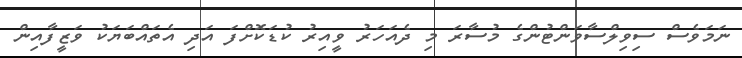
ނަމަވެސް ސިވިލްސާވަންޓުންގެ މުސާރަ މި ދެއަހަރު ވީއިރު ކުޑަކޮށްފަ އަދި އެތައްބަޔަކު ވަޒީފާއިން